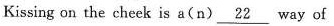
Kissing on the cheek is a(n) \underline{22} way of